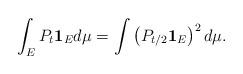
LaTeX: \begin{align*}\int_E P_t \mathbf 1_E d\mu = \int \left(P_{t/2}\mathbf1_E\right)^2 d\mu.\end{align*}